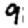
Digit: 9